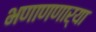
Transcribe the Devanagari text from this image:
भणाणणार्‍या